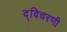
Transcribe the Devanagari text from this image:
द्विचरणी